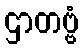
ဌာတဗ္ဗံ